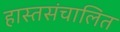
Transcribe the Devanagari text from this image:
हास्तसंचालित